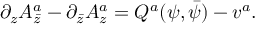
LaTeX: \partial _ { z } A _ { \bar { z } } ^ { a } - \partial _ { \bar { z } } A _ { z } ^ { a } = Q ^ { a } ( \psi , \bar { \psi } ) - v ^ { a } .